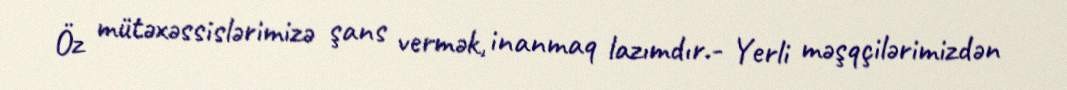
Öz mütəxəssislərimizə şans vermək, inanmaq lazımdır.- Yerli məşqçilərimizdən